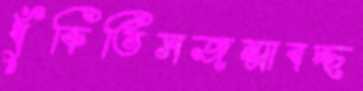
ধুঁকিতিসজন্মাবচ্ছ